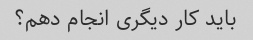
باید کار دیگری انجام دهم؟